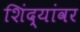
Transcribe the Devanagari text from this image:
शिंद्यांवर